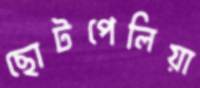
ছোটপেলিয়া